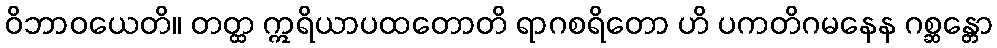
ဝိဘာဝယေတိ။ တတ္ထ ဣရိယာပထတောတိ ရာဂစရိတော ဟိ ပကတိဂမနေန ဂစ္ဆန္တော